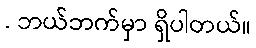
. ဘယ်ဘက်မှာ ရှိပါတယ်။